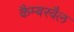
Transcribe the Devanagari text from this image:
कैम्बरवैल